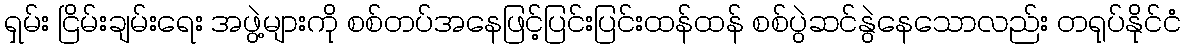
ရှမ်း ငြိမ်းချမ်းရေး အဖွဲ့များကို စစ်တပ်အနေဖြင့်ပြင်းပြင်းထန်ထန် စစ်ပွဲဆင်နွဲနေသောလည်း တရုပ်နိုင်ငံ